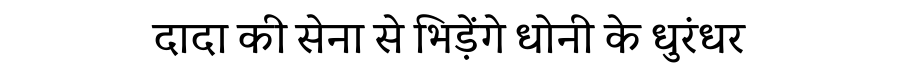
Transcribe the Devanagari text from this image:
दादा की सेना से भिड़ेंगे धोनी के धुरंधर